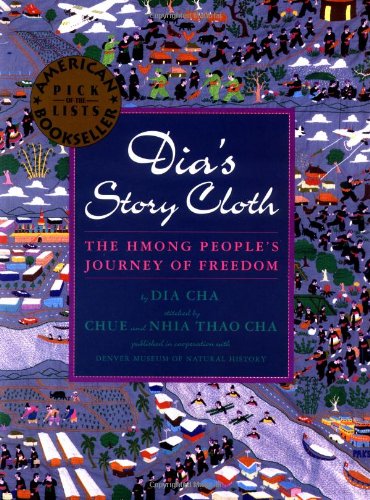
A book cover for Dia's Story Cloth: The Hmong People's Journey of Freedom; Dia Cha; Literature & Fiction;